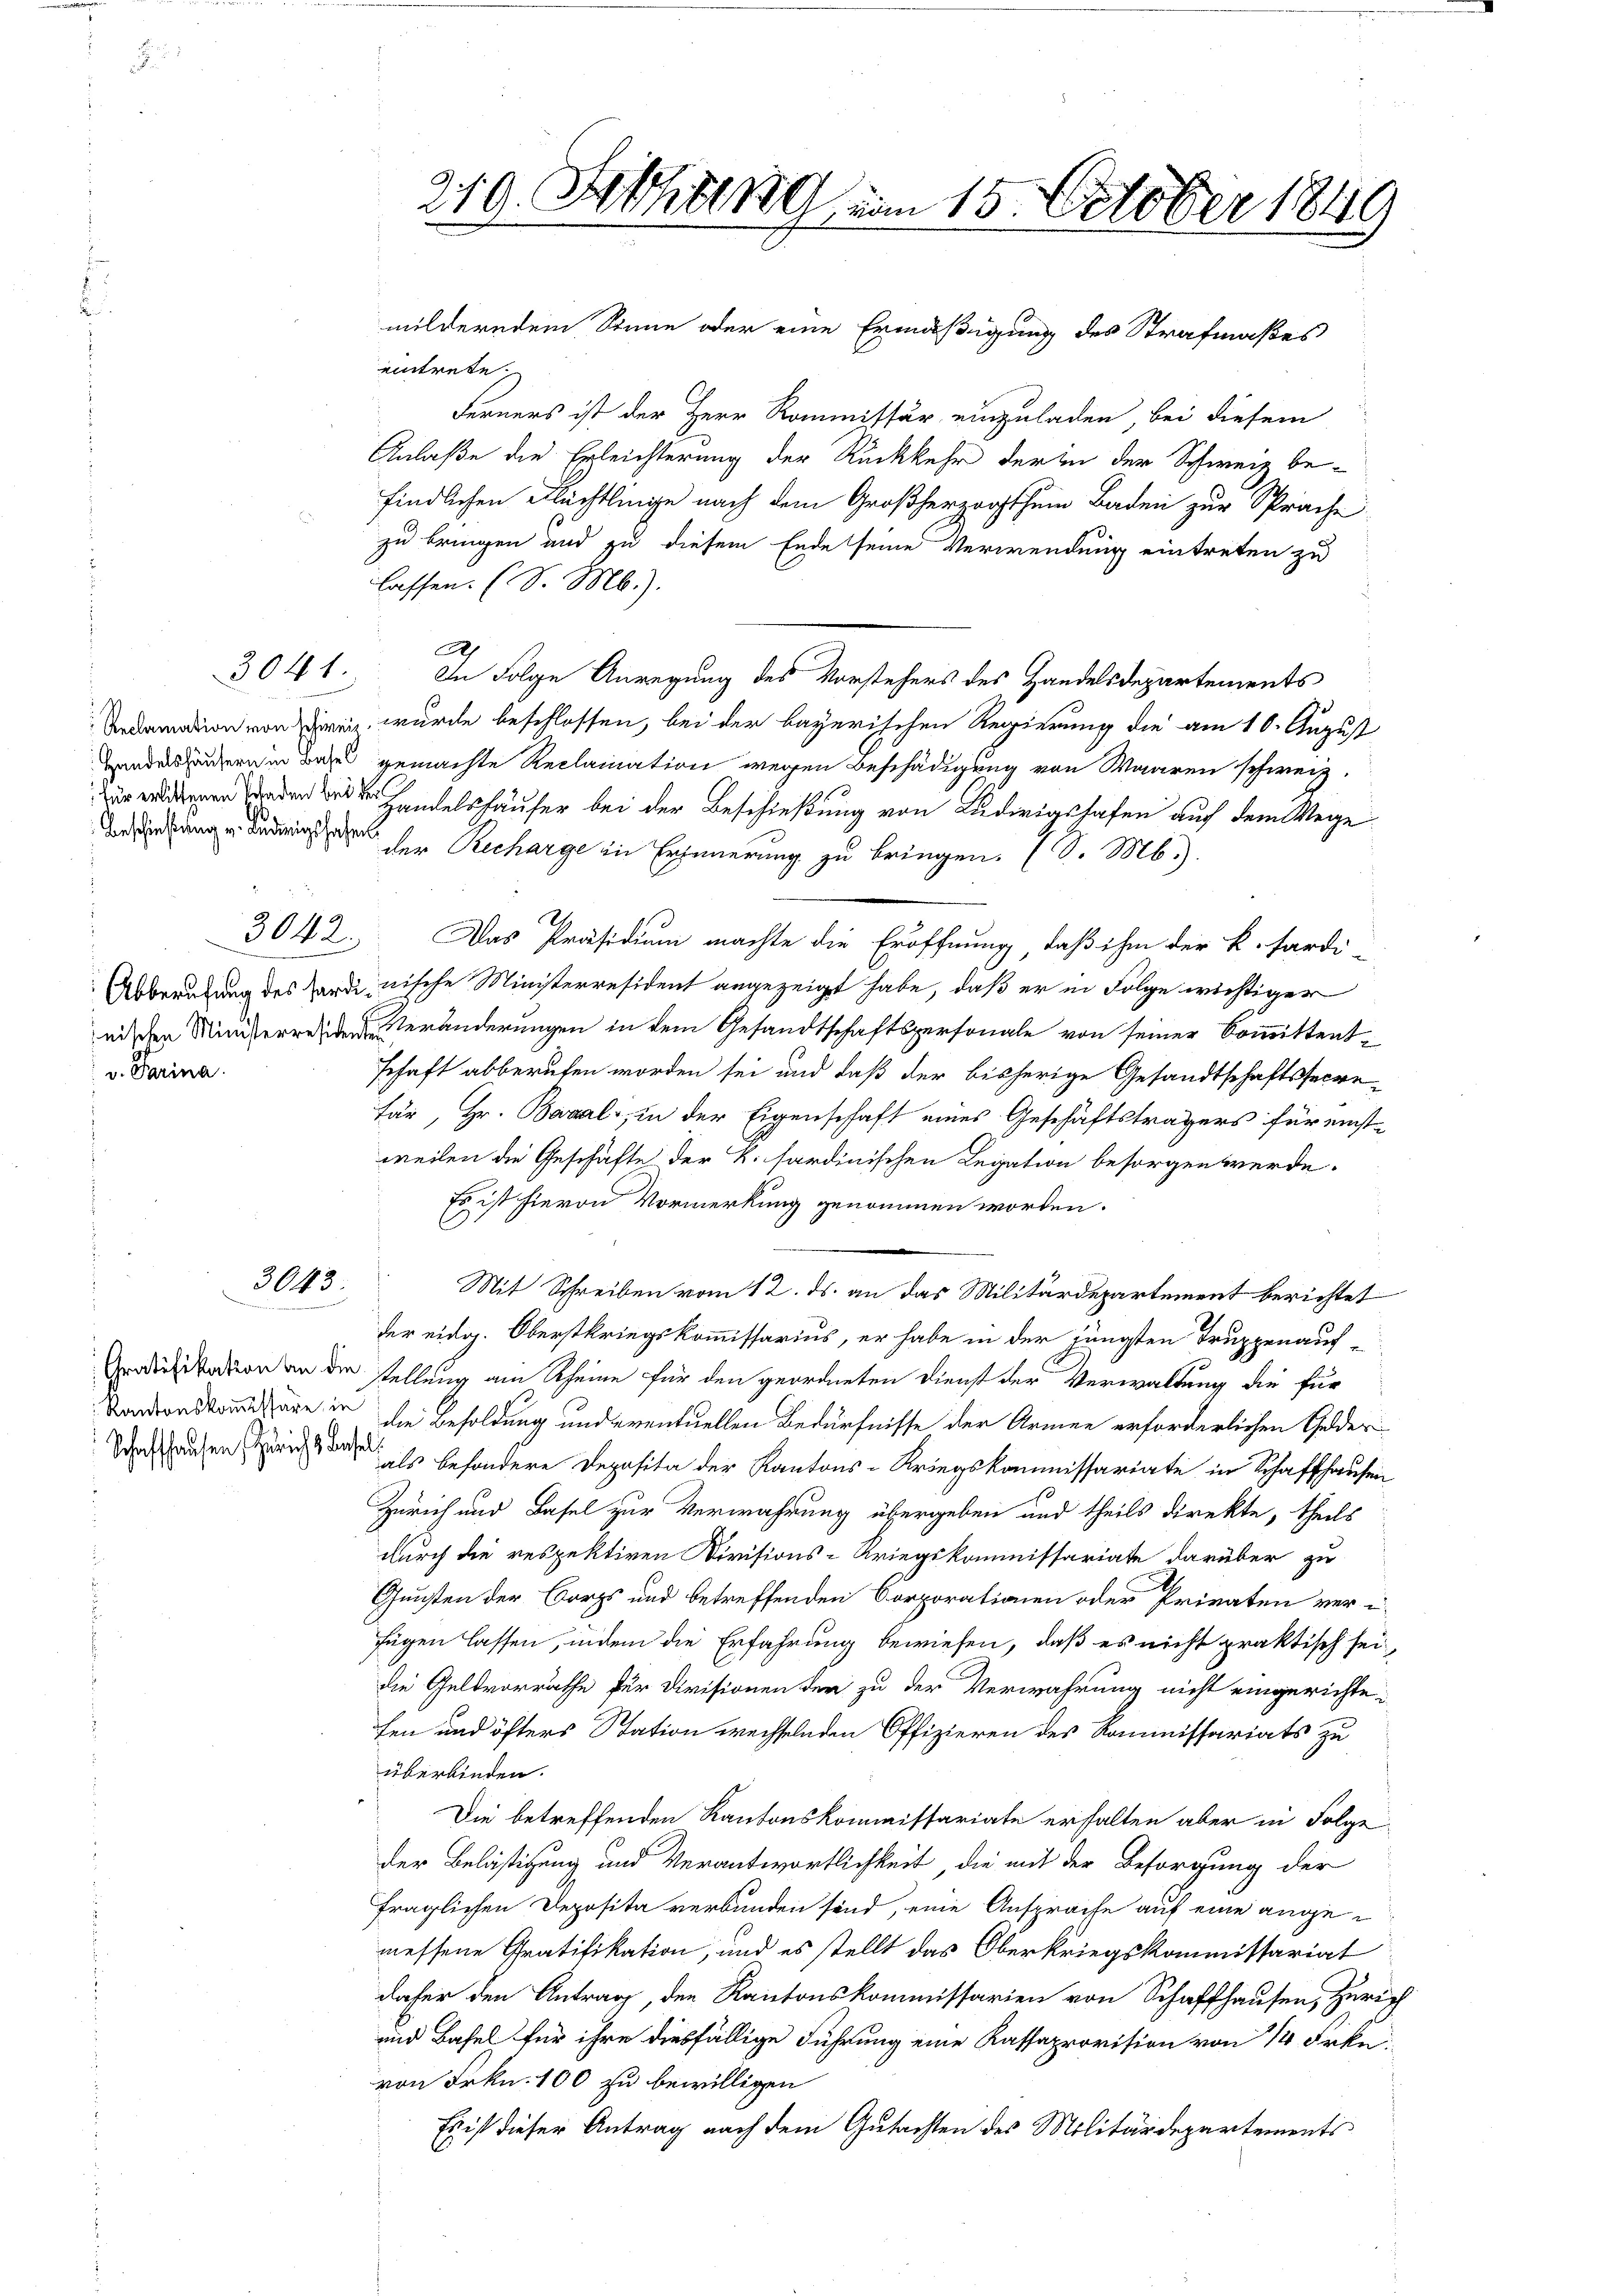
v. Parina.

3041.

3042.

3043.

Gratifikation an die
Kantonskommissäre, in

219. Februng vom 15. October 1849

milderndem Sinne oder eine Ermäßigung des Strafmaßes
eintrete.
Ferners ist der Herr Kommissär einzuladen bei diesem
Anlaße die Erleichterung der Rückkehr der in der Schweiz be-
findlichen Flüchtlinge nach dem Großherzogthum Baden zur Sprache
zu bringen und zu diesem Ende seine Verwendung eintreten zu
lassen. (S. M.).
A
In Folge Anregung des Vorstehers des Handelsdepartements
edmation von Zwei wurde beschlossen, bei der bayerischen Regierung die am 10. August
Handes sondern in Bad gemachte Reclamation wegen Beschädigung von Waaren schweiz.
de Handelshäuser bei der Beschießung von Ludwigshafen auf dem Wege
Bedung u. Ledigen der Recharge in Erinnerung zu bringen. (S. M.).
Das Präsidium machte die Eröffnung, daß ihm der k. fardi
Abberufung des Zardinische Ministerresident angezeigt habe, daß er in Folge wichtiger
nischen Ministerreden Veränderungen in dem Gesandtschaftspersonale von seiner Committentschaft abberufen worden sei und daß der bisherige Gesandtschaftssecrefär, Hr. Banal, in der Eigenschaft eines Geschäftsträgers für einstweilen die Geschäfte der k. sardinischen Legation besorgen werde.
Es ist hievon Vormerkung genommen worden.
C
Mit Schreiben vom 12. ds. an das Militärdepartement berichtet
der eidg. Oberstkriegskommissarius, er habe in der jüngsten Truppenauf-
stellung am Rheine für den geordneten Dienst der Verwaltung die für
die Besoldung und eventuellen Bedürfnisse der Armee erforderlichen Gelder
Wahhausen Zürich ist besondere Deposita der Kantons-Kriegskommissariate in Schaffhausen
Zürich und Basel zur Verwahrung übergeben und theils direkte, theils
durch die respektiven Divisions-Kriegskommissariate darüber zu
Gunsten der Corps und betreffenden Corporationen oder Privaten veri-
fügen lassen, indem die Erfahrung bewiesen, daß es nicht praktisch sei,
die Geldvorräthe für Divisionen der zu der Verwahrung nicht eingerichtefen und öfters Station wechselnden Offizieren des Kommissariats zu
überbinden.
Die betreffenden Kantonskommissariate erhalten aber in Folge
der Belästigung und Verantwortlichkeit, die mit der Besorgung der
fraglichen Deposita verbunden sind, eine Ansprache auf eine angemessene Gratifikation, und es stellt das Oberkriegskommissariat
dafür den Antrag, den Kantonskommissarien von Schaffhausen, Zürich
und Basel für ihre diesfällige Führung eine Kassaprovision von 1 Frk.
von Frkn. 100 zu bewilligen
Es ist dieser Antrag nach dem Gutachten des Militärdepartements